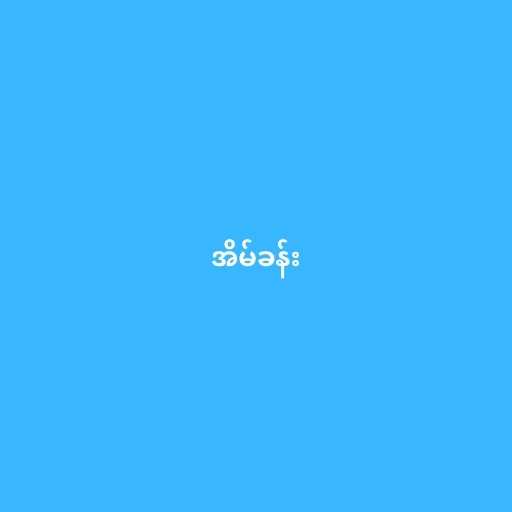
အိမ်ခန်း